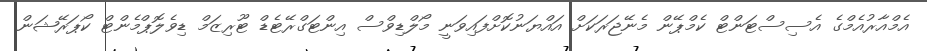
އެމްއާރުއެމްގެ އެސިސްޓަންޓް ކެމްޕޭން މެނޭޖަރަކަށް އައްޔަނުކޮށްފައިވަނީ މޯލްޑިވްސް އިންޓަގްރޭޓެޑް ޓޫރިޒަމް ޑިވެލޮޕްމެންޓް ކޯޕަރޭޝަން